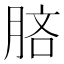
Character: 𣍵